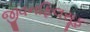
જીવનફિલસૂફ